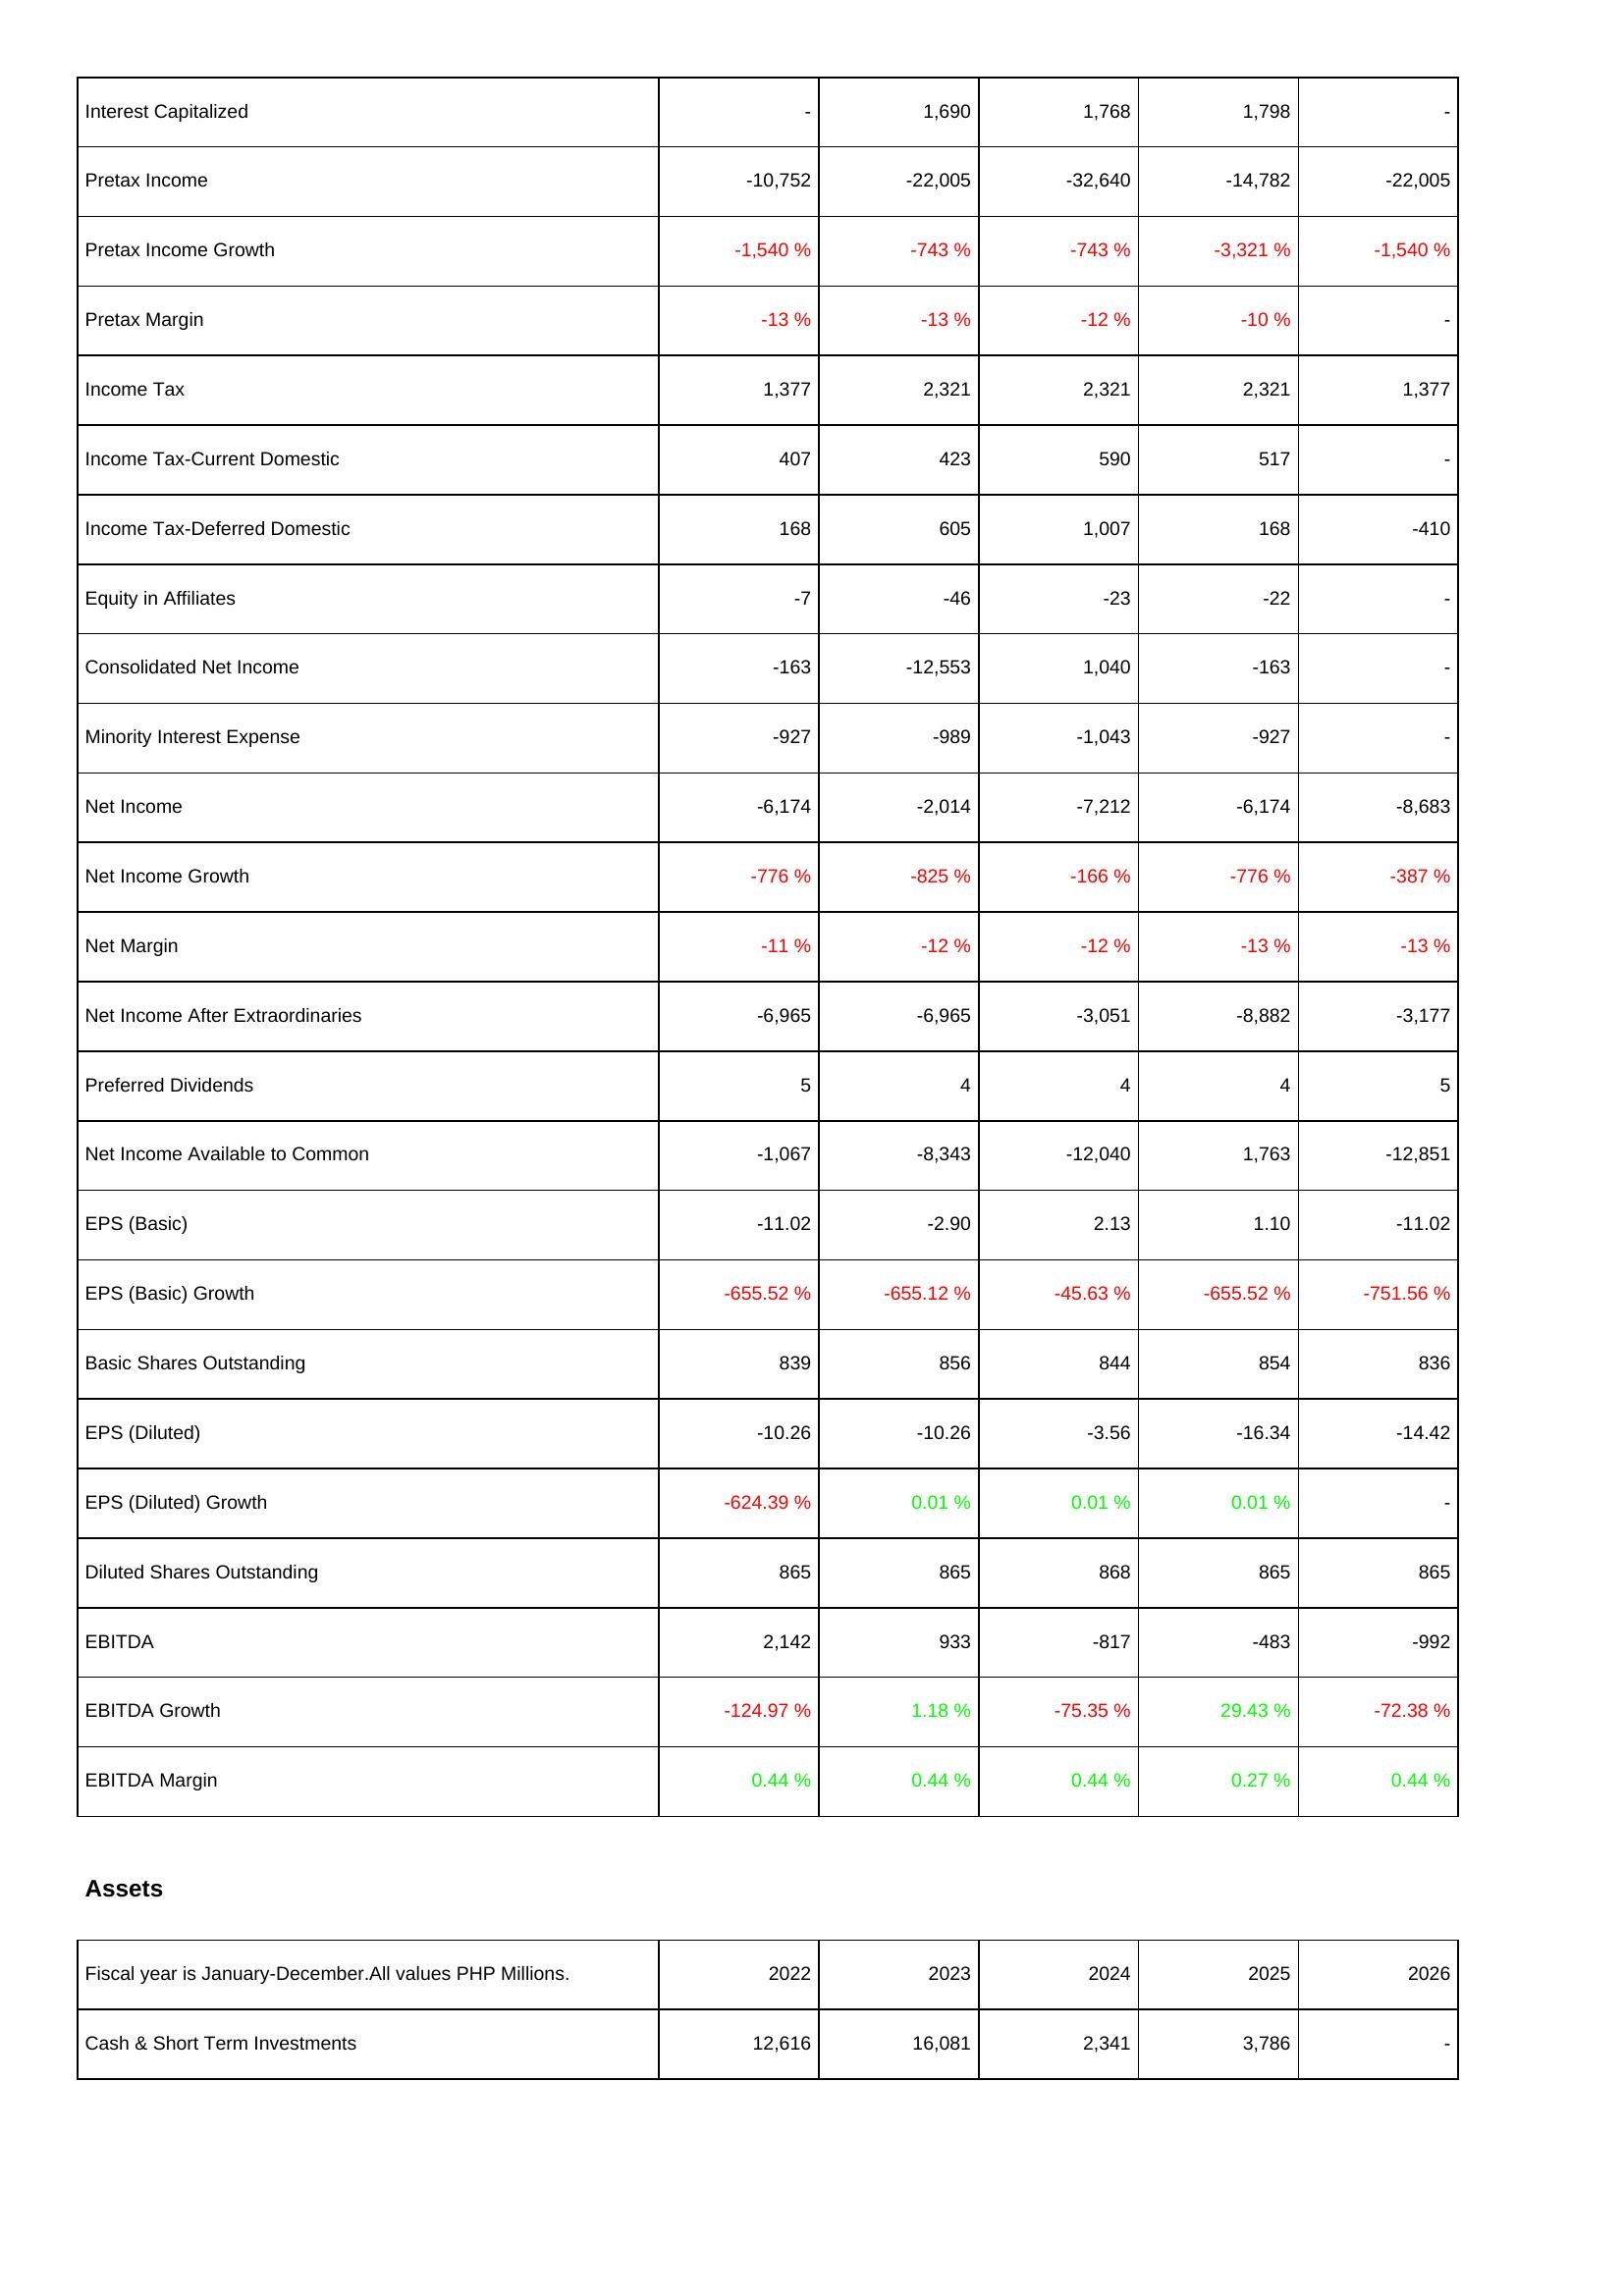
2022: Income Statement: Interest Capitalized: -
Pretax Income: -10,752
Pretax Income Growth: -1,540 %
Pretax Margin: -13 %
Income Tax: 1,377
Income Tax-Current Domestic: 407
Income Tax-Deferred Domestic: 168
Equity in Affiliates: -7
Consolidated Net Income: -163
Minority Interest Expense: -927
Net Income: -6,174
Net Income Growth: -776 %
Net Margin: -11 %
Net Income After Extraordinaries: -6,965
Preferred Dividends: 5
Net Income Available to Common: -1,067
EPS (Basic): -11.02
EPS (Basic) Growth: -655.52 %
Basic Shares Outstanding: 839
EPS (Diluted): -10.26
EPS (Diluted) Growth: -624.39 %
Diluted Shares Outstanding: 865
EBITDA: 2,142
EBITDA Growth: -124.97 %
EBITDA Margin: 0.44 %
Assets: Cash & Short Term Investments: 12,616
2023: Income Statement: Interest Capitalized: 1,690
Pretax Income: -22,005
Pretax Income Growth: -743 %
Pretax Margin: -13 %
Income Tax: 2,321
Income Tax-Current Domestic: 423
Income Tax-Deferred Domestic: 605
Equity in Affiliates: -46
Consolidated Net Income: -12,553
Minority Interest Expense: -989
Net Income: -2,014
Net Income Growth: -825 %
Net Margin: -12 %
Net Income After Extraordinaries: -6,965
Preferred Dividends: 4
Net Income Available to Common: -8,343
EPS (Basic): -2.90
EPS (Basic) Growth: -655.12 %
Basic Shares Outstanding: 856
EPS (Diluted): -10.26
EPS (Diluted) Growth: 0.01 %
Diluted Shares Outstanding: 865
EBITDA: 933
EBITDA Growth: 1.18 %
EBITDA Margin: 0.44 %
Assets: Cash & Short Term Investments: 16,081
2024: Income Statement: Interest Capitalized: 1,768
Pretax Income: -32,640
Pretax Income Growth: -743 %
Pretax Margin: -12 %
Income Tax: 2,321
Income Tax-Current Domestic: 590
Income Tax-Deferred Domestic: 1,007
Equity in Affiliates: -23
Consolidated Net Income: 1,040
Minority Interest Expense: -1,043
Net Income: -7,212
Net Income Growth: -166 %
Net Margin: -12 %
Net Income After Extraordinaries: -3,051
Preferred Dividends: 4
Net Income Available to Common: -12,040
EPS (Basic): 2.13
EPS (Basic) Growth: -45.63 %
Basic Shares Outstanding: 844
EPS (Diluted): -3.56
EPS (Diluted) Growth: 0.01 %
Diluted Shares Outstanding: 868
EBITDA: -817
EBITDA Growth: -75.35 %
EBITDA Margin: 0.44 %
Assets: Cash & Short Term Investments: 2,341
2025: Income Statement: Interest Capitalized: 1,798
Pretax Income: -14,782
Pretax Income Growth: -3,321 %
Pretax Margin: -10 %
Income Tax: 2,321
Income Tax-Current Domestic: 517
Income Tax-Deferred Domestic: 168
Equity in Affiliates: -22
Consolidated Net Income: -163
Minority Interest Expense: -927
Net Income: -6,174
Net Income Growth: -776 %
Net Margin: -13 %
Net Income After Extraordinaries: -8,882
Preferred Dividends: 4
Net Income Available to Common: 1,763
EPS (Basic): 1.10
EPS (Basic) Growth: -655.52 %
Basic Shares Outstanding: 854
EPS (Diluted): -16.34
EPS (Diluted) Growth: 0.01 %
Diluted Shares Outstanding: 865
EBITDA: -483
EBITDA Growth: 29.43 %
EBITDA Margin: 0.27 %
Assets: Cash & Short Term Investments: 3,786
2026: Income Statement: Interest Capitalized: -
Pretax Income: -22,005
Pretax Income Growth: -1,540 %
Pretax Margin: -
Income Tax: 1,377
Income Tax-Current Domestic: -
Income Tax-Deferred Domestic: -410
Equity in Affiliates: -
Consolidated Net Income: -
Minority Interest Expense: -
Net Income: -8,683
Net Income Growth: -387 %
Net Margin: -13 %
Net Income After Extraordinaries: -3,177
Preferred Dividends: 5
Net Income Available to Common: -12,851
EPS (Basic): -11.02
EPS (Basic) Growth: -751.56 %
Basic Shares Outstanding: 836
EPS (Diluted): -14.42
EPS (Diluted) Growth: -
Diluted Shares Outstanding: 865
EBITDA: -992
EBITDA Growth: -72.38 %
EBITDA Margin: 0.44 %
Assets: Cash & Short Term Investments: -